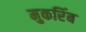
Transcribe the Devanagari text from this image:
मुकरिंब